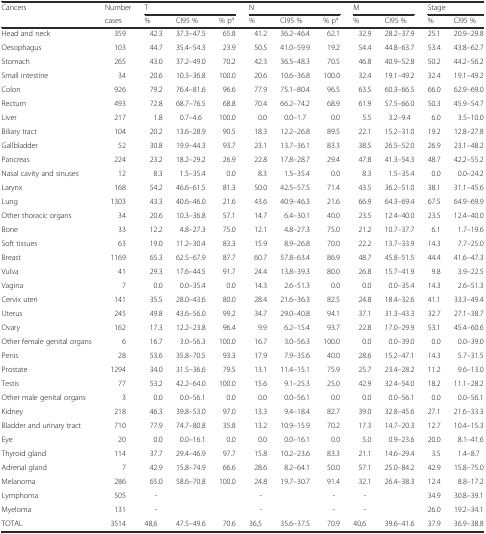
<table><thead><tr><td><b>Cancers</b></td><td><b>Number</b></td><td colspan="3"><b>T</b></td><td colspan="3"><b>N</b></td><td colspan="2"><b>M</b></td><td colspan="2"><b>Stage</b></td></tr><tr><td></td><td><b>cases</b></td><td><b>%</b></td><td><b>CI95 %</b></td><td><b>% p<sup>a</sup></b></td><td><b>%</b></td><td><b>CI95 %</b></td><td><b>% p<sup>a</sup></b></td><td><b>%</b></td><td><b>CI95 %</b></td><td><b>%</b></td><td><b>CI95 %</b></td></tr></thead><tbody><tr><td>Head and neck</td><td>359</td><td>42.3</td><td>37.3–47.5</td><td>65.8</td><td>41.2</td><td>36.2–46.4</td><td>62.1</td><td>32.9</td><td>28.2–37.9</td><td>25.1</td><td>20.9–29.8</td></tr><tr><td>Oesophagus</td><td>103</td><td>44.7</td><td>35.4–54.3</td><td>23.9</td><td>50.5</td><td>41.0–59.9</td><td>19.2</td><td>54.4</td><td>44.8–63.7</td><td>53.4</td><td>43.8–62.7</td></tr><tr><td>Stomach</td><td>265</td><td>43.0</td><td>37.2–49.0</td><td>70.2</td><td>42.3</td><td>36.5–48.3</td><td>70.5</td><td>46.8</td><td>40.9–52.8</td><td>50.2</td><td>44.2–56.2</td></tr><tr><td>Small intestine</td><td>34</td><td>20.6</td><td>10.3–36.8</td><td>100.0</td><td>20.6</td><td>10.6–36.8</td><td>100.0</td><td>32.4</td><td>19.1–49.2</td><td>32.4</td><td>19.1–49.2</td></tr><tr><td>Colon</td><td>926</td><td>79.2</td><td>76.4–81.6</td><td>96.6</td><td>77.9</td><td>75.1–80.4</td><td>96.5</td><td>63.5</td><td>60.3–66.5</td><td>66.0</td><td>62.9–69.0</td></tr><tr><td>Rectum</td><td>493</td><td>72.8</td><td>68.7–76.5</td><td>68.8</td><td>70.4</td><td>66.2–74.2</td><td>68.9</td><td>61.9</td><td>57.5–66.0</td><td>50.3</td><td>45.9–54.7</td></tr><tr><td>Liver</td><td>217</td><td>1.8</td><td>0.7–4.6</td><td>100.0</td><td>0.0</td><td>0.0–1.7</td><td>0.0</td><td>5.5</td><td>3.2–9.4</td><td>6.0</td><td>3.5–10.0</td></tr><tr><td>Biliary tract</td><td>104</td><td>20.2</td><td>13.6–28.9</td><td>90.5</td><td>18.3</td><td>12.2–26.8</td><td>89.5</td><td>22.1</td><td>15.2–31.0</td><td>19.2</td><td>12.8–27.8</td></tr><tr><td>Gallbladder</td><td>52</td><td>30.8</td><td>19.9–44.3</td><td>93.7</td><td>23.1</td><td>13.7–36.1</td><td>83.3</td><td>38.5</td><td>26.5–52.0</td><td>26.9</td><td>23.1–48.2</td></tr><tr><td>Pancreas</td><td>224</td><td>23.2</td><td>18.2–29.2</td><td>26.9</td><td>22.8</td><td>17.8–28.7</td><td>29.4</td><td>47.8</td><td>41.3–54.3</td><td>48.7</td><td>42.2–55.2</td></tr><tr><td>Nasal cavity and sinuses</td><td>12</td><td>8.3</td><td>1.5–35.4</td><td>0.0</td><td>8.3</td><td>1.5–35.4</td><td>0.0</td><td>8.3</td><td>1.5–35.4</td><td>0.0</td><td>0.0–24.2</td></tr><tr><td>Larynx</td><td>168</td><td>54.2</td><td>46.6–61.5</td><td>81.3</td><td>50.0</td><td>42.5–57.5</td><td>71.4</td><td>43.5</td><td>36.2–51.0</td><td>38.1</td><td>31.1–45.6</td></tr><tr><td>Lung</td><td>1303</td><td>43.3</td><td>40.6–46.0</td><td>21.6</td><td>43.6</td><td>40.9–46.3</td><td>21.6</td><td>66.9</td><td>64.3–69.4</td><td>67.5</td><td>64.9–69.9</td></tr><tr><td>Other thoracic organs</td><td>34</td><td>20.6</td><td>10.3–36.8</td><td>57.1</td><td>14.7</td><td>6.4–30.1</td><td>40.0</td><td>23.5</td><td>12.4–40.0</td><td>23.5</td><td>12.4–40.0</td></tr><tr><td>Bone</td><td>33</td><td>12.2</td><td>4.8–27.3</td><td>75.0</td><td>12.1</td><td>4.8–27.3</td><td>75.0</td><td>21.2</td><td>10.7–37.7</td><td>6.1</td><td>1.7–19.6</td></tr><tr><td>Soft tissues</td><td>63</td><td>19.0</td><td>11.2–30.4</td><td>83.3</td><td>15.9</td><td>8.9–26.8</td><td>70.0</td><td>22.2</td><td>13.7–33.9</td><td>14.3</td><td>7.7–25.0</td></tr><tr><td>Breast</td><td>1169</td><td>65.3</td><td>62.5–67.9</td><td>87.7</td><td>60.7</td><td>57.8–63.4</td><td>86.9</td><td>48.7</td><td>45.8–51.5</td><td>44.4</td><td>41.6–47.3</td></tr><tr><td>Vulva</td><td>41</td><td>29.3</td><td>17.6–44.5</td><td>91.7</td><td>24.4</td><td>13.8–39.3</td><td>80.0</td><td>26.8</td><td>15.7–41.9</td><td>9.8</td><td>3.9–22.5</td></tr><tr><td>Vagina</td><td>7</td><td>0.0</td><td>0.0–35.4</td><td>0.0</td><td>14.3</td><td>2.6–51.3</td><td>0.0</td><td>0.0</td><td>0.0–35.4</td><td>14.3</td><td>2.6–51.3</td></tr><tr><td>Cervix uteri</td><td>141</td><td>35.5</td><td>28.0–43.6</td><td>80.0</td><td>28.4</td><td>21.6–36.3</td><td>82.5</td><td>24.8</td><td>18.4–32.6</td><td>41.1</td><td>33.3–49.4</td></tr><tr><td>Uterus</td><td>245</td><td>49.8</td><td>43.6–56.0</td><td>99.2</td><td>34.7</td><td>29.0–40.8</td><td>94.1</td><td>37.1</td><td>31.3–43.3</td><td>32.7</td><td>27.1–38.7</td></tr><tr><td>Ovary</td><td>162</td><td>17.3</td><td>12.2–23.8</td><td>96.4</td><td>9.9</td><td>6.2–15.4</td><td>93.7</td><td>22.8</td><td>17.0–29.9</td><td>53.1</td><td>45.4–60.6</td></tr><tr><td>Other female genital organs</td><td>6</td><td>16.7</td><td>3.0–56.3</td><td>100.0</td><td>16.7</td><td>3.0–56.3</td><td>100.0</td><td>0.0</td><td>0.0–39.0</td><td>0.0</td><td>0.0–39.0</td></tr><tr><td>Penis</td><td>28</td><td>53.6</td><td>35.8–70.5</td><td>93.3</td><td>17.9</td><td>7.9–35.6</td><td>40.0</td><td>28.6</td><td>15.2–47.1</td><td>14.3</td><td>5.7–31.5</td></tr><tr><td>Prostate</td><td>1294</td><td>34.0</td><td>31.5–36.6</td><td>79.5</td><td>13.1</td><td>11.4–15.1</td><td>75.9</td><td>25.7</td><td>23.4–28.2</td><td>11.2</td><td>9.6–13.0</td></tr><tr><td>Testis</td><td>77</td><td>53.2</td><td>42.2–64.0</td><td>100.0</td><td>15.6</td><td>9.1–25.3</td><td>25.0</td><td>42.9</td><td>32.4–54.0</td><td>18.2</td><td>11.1–28.2</td></tr><tr><td>Other male genital organs</td><td>3</td><td>0.0</td><td>0.0–56.1</td><td>0.0</td><td>0.0</td><td>0.0–56.1</td><td>0.0</td><td>0.0</td><td>0.0–56.1</td><td>0.0</td><td>0.0–56.1</td></tr><tr><td>Kidney</td><td>218</td><td>46.3</td><td>39.8–53.0</td><td>97.0</td><td>13.3</td><td>9.4–18.4</td><td>82.7</td><td>39.0</td><td>32.8–45.6</td><td>27.1</td><td>21.6–33.3</td></tr><tr><td>Bladder and urinary tract</td><td>710</td><td>77.9</td><td>74.7–80.8</td><td>35.8</td><td>13.2</td><td>10.9–15.9</td><td>70.2</td><td>17.3</td><td>14.7–20.3</td><td>12.7</td><td>10.4–15.3</td></tr><tr><td>Eye</td><td>20</td><td>0.0</td><td>0.0–16.1</td><td>0.0</td><td>0.0</td><td>0.0–16.1</td><td>0.0</td><td>5.0</td><td>0.9–23.6</td><td>20.0</td><td>8.1–41.6</td></tr><tr><td>Thyroid gland</td><td>114</td><td>37.7</td><td>29.4–46.9</td><td>97.7</td><td>15.8</td><td>10.2–23.6</td><td>83.3</td><td>21.1</td><td>14.6–29.4</td><td>3.5</td><td>1.4–8.7</td></tr><tr><td>Adrenal gland</td><td>7</td><td>42.9</td><td>15.8–74.9</td><td>66.6</td><td>28.6</td><td>8.2–64.1</td><td>50.0</td><td>57.1</td><td>25.0–84.2</td><td>42.9</td><td>15.8–75.0</td></tr><tr><td>Melanoma</td><td>286</td><td>65.0</td><td>58.6–70.8</td><td>100.0</td><td>24.8</td><td>19.7–30.7</td><td>91.4</td><td>32.1</td><td>26.4–38.3</td><td>12.4</td><td>8.8–17.2</td></tr><tr><td>Lymphoma</td><td>505</td><td>-</td><td></td><td></td><td>-</td><td></td><td>-</td><td>-</td><td></td><td>34.9</td><td>30.8–39.1</td></tr><tr><td>Myeloma</td><td>131</td><td>-</td><td></td><td></td><td>-</td><td></td><td>-</td><td>-</td><td></td><td>26.0</td><td>19.2–34.1</td></tr><tr><td>TOTAL</td><td>3514</td><td>48,6</td><td>47.5–49.6</td><td>70.6</td><td>36,5</td><td>35.6–37.5</td><td>70.9</td><td>40,6</td><td>39.6–41.6</td><td>37.9</td><td>36.9–38.8</td></tr></tbody></table>